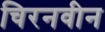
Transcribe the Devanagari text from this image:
चिरनवीन